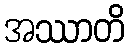
အဿာတိ